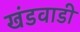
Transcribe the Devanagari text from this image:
खंडवाडी